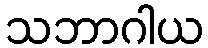
သဘာဂါယ